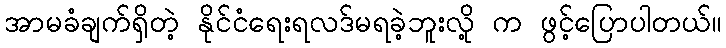
အာမခံချက်ရှိတဲ့ နိုင်ငံရေးရလဒ်မရခဲ့ဘူးလို့ က ဖွင့်ပြောပါတယ်။